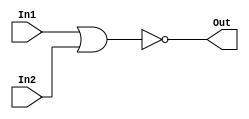

module Nor32_Gate(Out , In1 , In2);


  // Vectors

    input  [31:0] In1 , In2 ;
  
    output [31:0] Out ;
  
  // out = invert(In1 or In2)
  
    assign Out = ~(In1 | In2) ;


endmodule